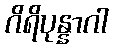
ဂိရိပုန္နာဂါ